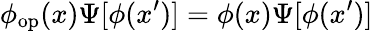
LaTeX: \phi_{\mathrm{op}}(x)\Psi[\phi(x^{\prime})]=\phi(x)\Psi[\phi(x^{\prime})]